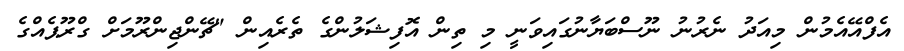
އެފްއޭއެމުން މިއަދު ނެރުނު ނޫސްބަޔާނުގައިވަނީ މި ތިން އޮފިޝަލުންގެ ތެރެއިން "ޗޭންޖިންރޫމަށް ގްރޫޕެއްގެ